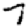
Digit: 7